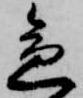
急